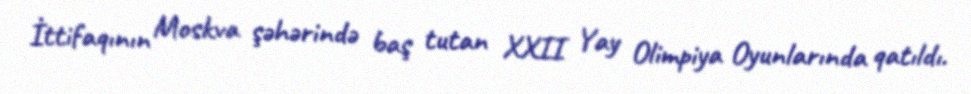
İttifaqının Moskva şəhərində baş tutan XXII Yay Olimpiya Oyunlarında qatıldı.